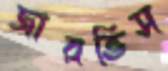
জারভিস